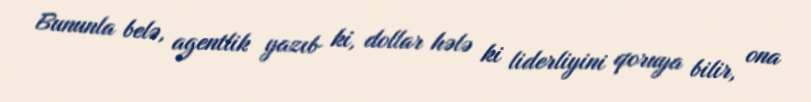
Bununla belə, agentlik yazıb ki, dollar hələ ki liderliyini qoruya bilir, ona